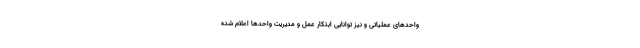
واحدهای عملیاتی و نیز توانایی ابتکار عمل و مدیریت واحدها اعلام شده